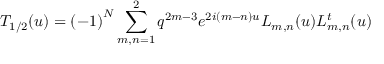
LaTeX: T _ { 1 / 2 } ( u ) = { ( - 1 ) } ^ { N } \displaystyle \sum _ { m , n = 1 } ^ { 2 } q ^ { 2 m - 3 } e ^ { 2 i ( m - n ) u } L _ { m , n } ( u ) L _ { m , n } ^ { t } ( u )